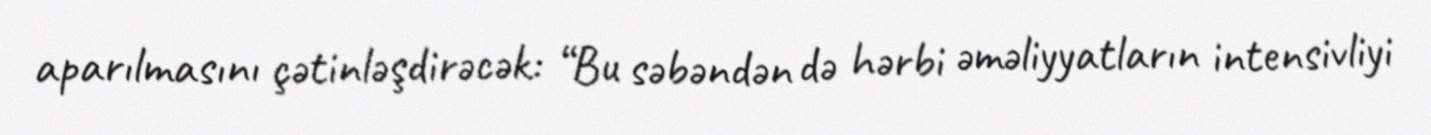
aparılmasını çətinləşdirəcək: “Bu səbəndən də hərbi əməliyyatların intensivliyi